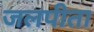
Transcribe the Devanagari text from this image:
जलपीता